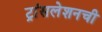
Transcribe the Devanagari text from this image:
ट्रांसलेशनची